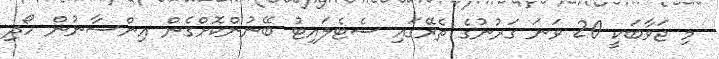
މި ޖަވާބަކީ 20 ވަނަ ގަރުނުގެ ތެރޭގައި ސެޓެލައިޓު ބޭނުންކޮށްގެން އިންސާނުން ހޯދި